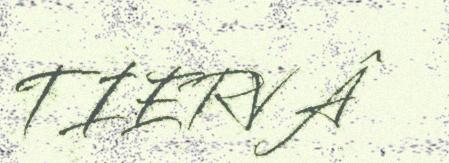
TIERVÂ